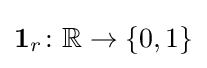
\mathbf {1} _{r}\colon \mathbb {R} \to \{0,1\}